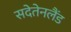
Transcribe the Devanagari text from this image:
सदेतेनलैंड